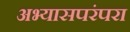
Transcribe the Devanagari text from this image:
अभ्यासपरंपरा